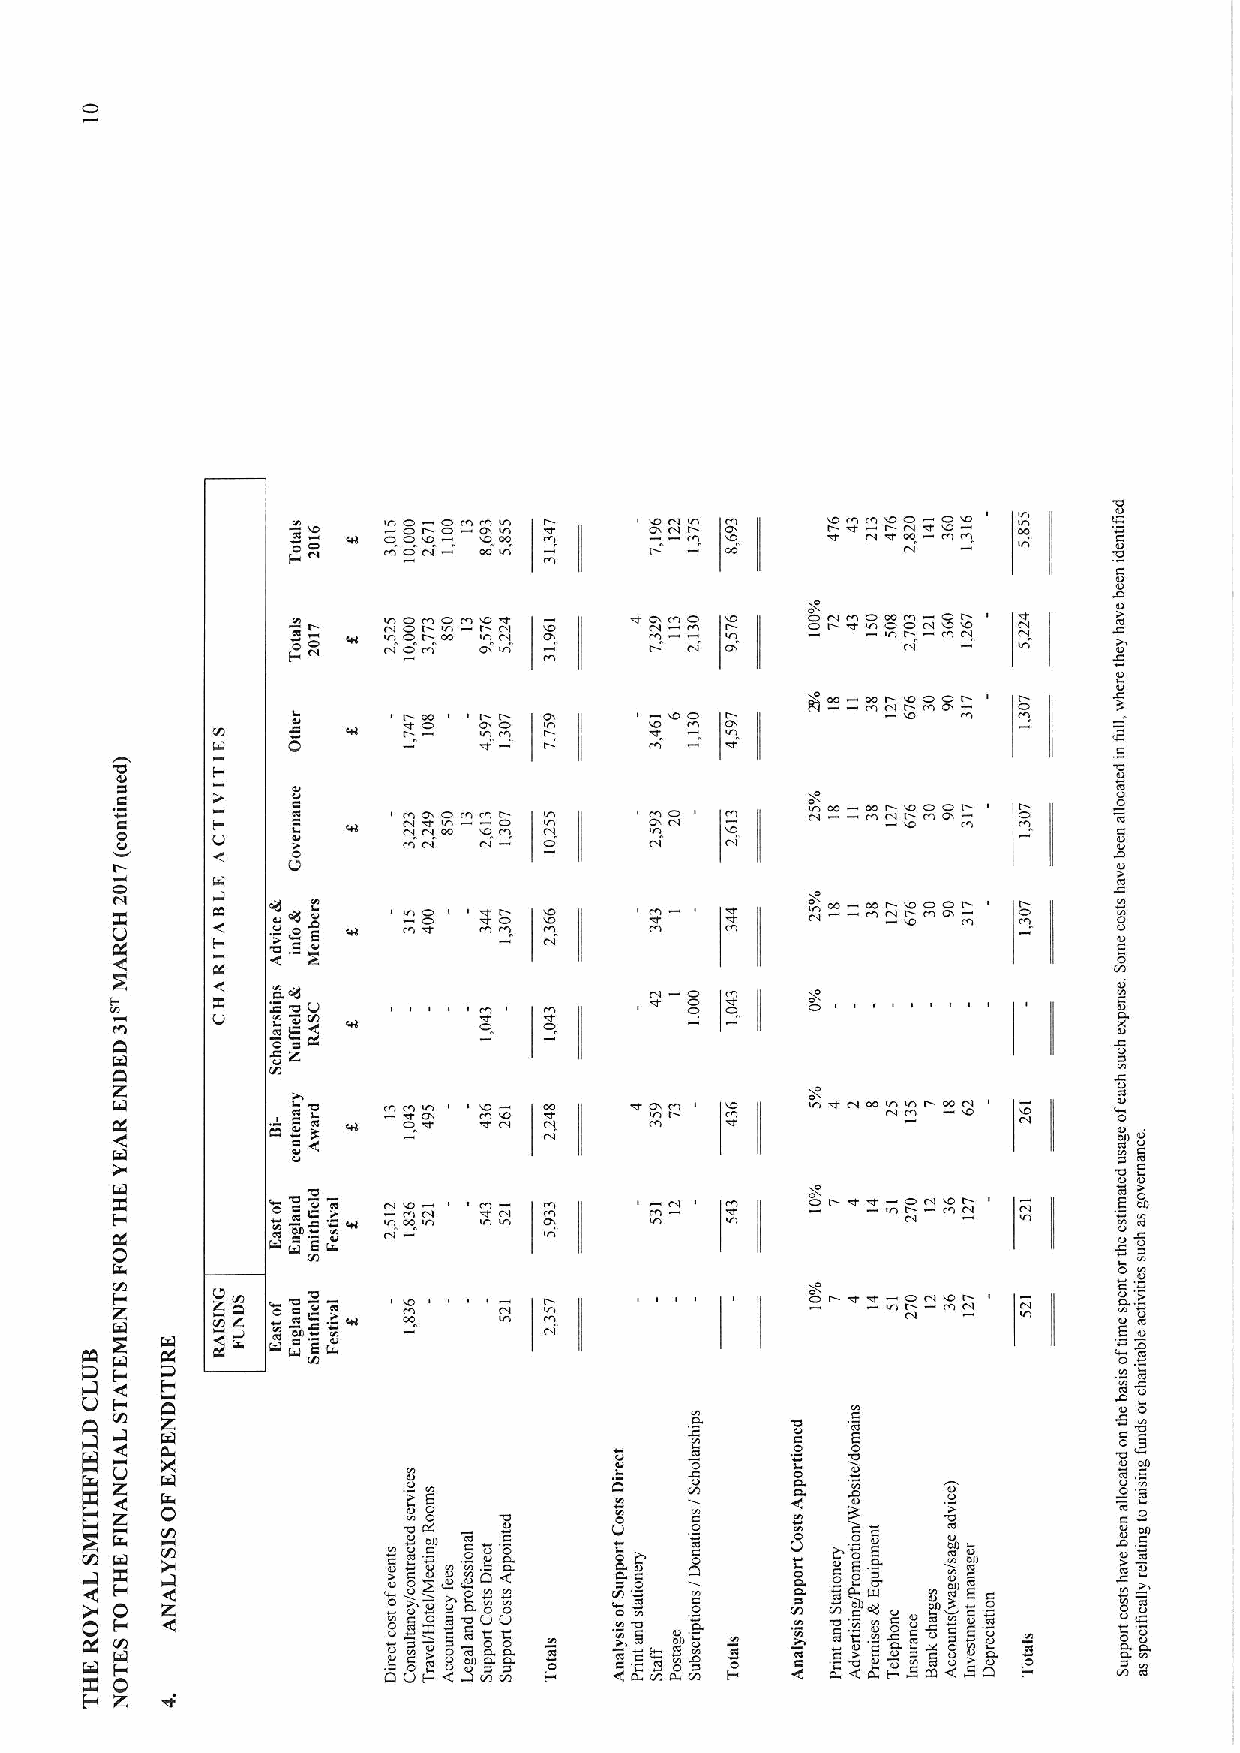
'0
 too
 tl OD M OOO O ODID
 I
 D D 0 wDC5M » M ID)C! M   I0M r Dt Ir ctd'DC I '0 a0
 0
 M
 O
 COM
 I I
 O CMOd        0
 I
 M O      g D OO t !MrwODoo
 r rt
 o 0r
 D
 E
 r w Q 0r Or 0   D 0D M      W WMC I O»O MO 0r M C M
 t
 r                                     0
 'a
 I
 OC C       C 0 II  MD O WMM DI O   M0 O       rt CC C I I 4 I D O M C M 0 0
 M                                              E
 C
 Q                                                      V
 g w-wr Door
 -5+0     MM Qo r d Ir D I M M          Mrtr 0 Mo 0 M    0 0
 E
 C                                                      E0
 w
 »E E, C» V    M   M0'      Q OI)    g CD                a
 0aE           C
 g
 A
 V
 A          w
 Z                                              g                   V
 tc
 C a     doI 0 a' 0 CD
 C
 C Mh M         0 M I 0 D       V 0
 C
 !V
 0 C '0 V 0    rI cc M M  M          Ql dd Q I D         '=E »C
 C
 CCCl iC- CC V    O      M                              E E
 0             E                                                    5 0
 w
 0 0
 z      w& &06 a» DO
 N
 tt' ca ~0 CCI I C-I E» D M         o r-    I 0 Dt      v I
 E
 0O
 EC 0E
 Dl
 s
 4     A iC                               »D 5.     0 E
 E0
 5 0
 0 C
 J              '0                 4
 I    0                            «I
 0
 K t
 0
 0a  0             DC
 0 3
 e0 nE0 2 E V
 R C
 t~c OE 0 w C
 0
 &c
 O CC
 0 0
 0
 C'0ti0
 V
 w0
 0 0
 Da.V' wCa 0 0 CD
 E 0
 0a.     0 t
 t '
 c&0 a
 0
 CCa
 c C .'
 aEZ
 c0
 a E
 0V, cr»D0w wV 8 0 0
 E0
 wa C 0 0
 O O
 !!
 ,
 ..
 a8 0 CD 0) DE." E0 20 ' I0 E
 c»'aO0 E ' C
 l
 t E
 C0
 Il
 cC!
 E 0 V E
 h
 ' Ac 0 oC
 "
 wCV0 0 C
 0 O 0 C C
 ' 'C 0
 O 00 0,